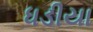
ધડીયા